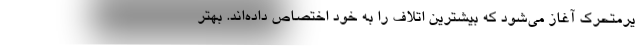
یرمتحرک آغاز می‌شود که بیشترین اتلاف را به خود اختصاص داده‌اند. بهتر